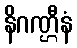
နိဂဏ္ဌီနံ